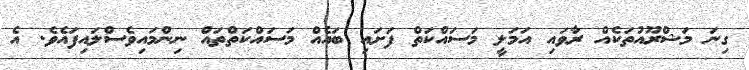
ގިނަ މަޝްރޫއުތަކެއް ރާވައި އަމަލީ މަސައްކަތް ފަށައި ބައެއް މަސައްކަތްތައް ނިންމައިވެސްލައިފައެވެ. އެ